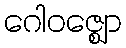
ဂေါဝဇ္ဈော